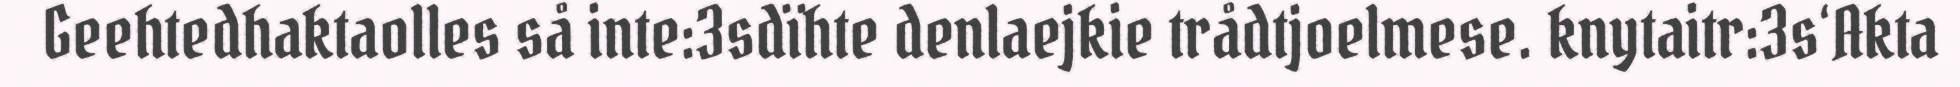
Geehtedhaktaolles så inte:3sdïhte denlaejkie trådtjoelmese. knytaitr:3s‘Akta